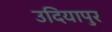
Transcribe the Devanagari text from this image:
उदियापुर